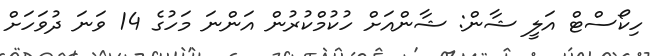
ހިކޯސްޓް އަލީ ޝާން: ޝާންއަށް ހުކުމްކުރުން އަންނަ މަހުގެ 14 ވަނަ ދުވަހަށް